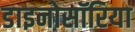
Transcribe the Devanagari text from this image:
डाइनोसॉरिया